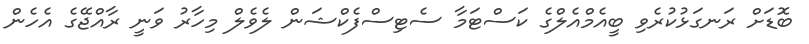
ބޮޑަށް ރަނގަޅުކުރެވި ބީއެމްއެލްގެ ކަސްޓަމާ ސެޓިސްފެކްޝަން ލެވެލް މިހާރު ވަނީ ރާއްޖޭގެ އެހެން